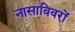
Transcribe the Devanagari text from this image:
नासाविवरों